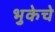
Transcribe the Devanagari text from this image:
भुकेचे